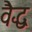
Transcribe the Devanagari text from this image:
वैद्ध